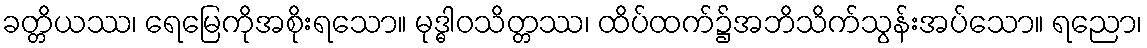
ခတ္တိယဿ၊ ရေမြေကိုအစိုးရသော။ မုဒ္ဓါဝသိတ္တဿ၊ ထိပ်ထက်၌အဘိသိက်သွန်းအပ်သော။ ရညော၊